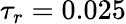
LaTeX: \tau_{r}=0.025